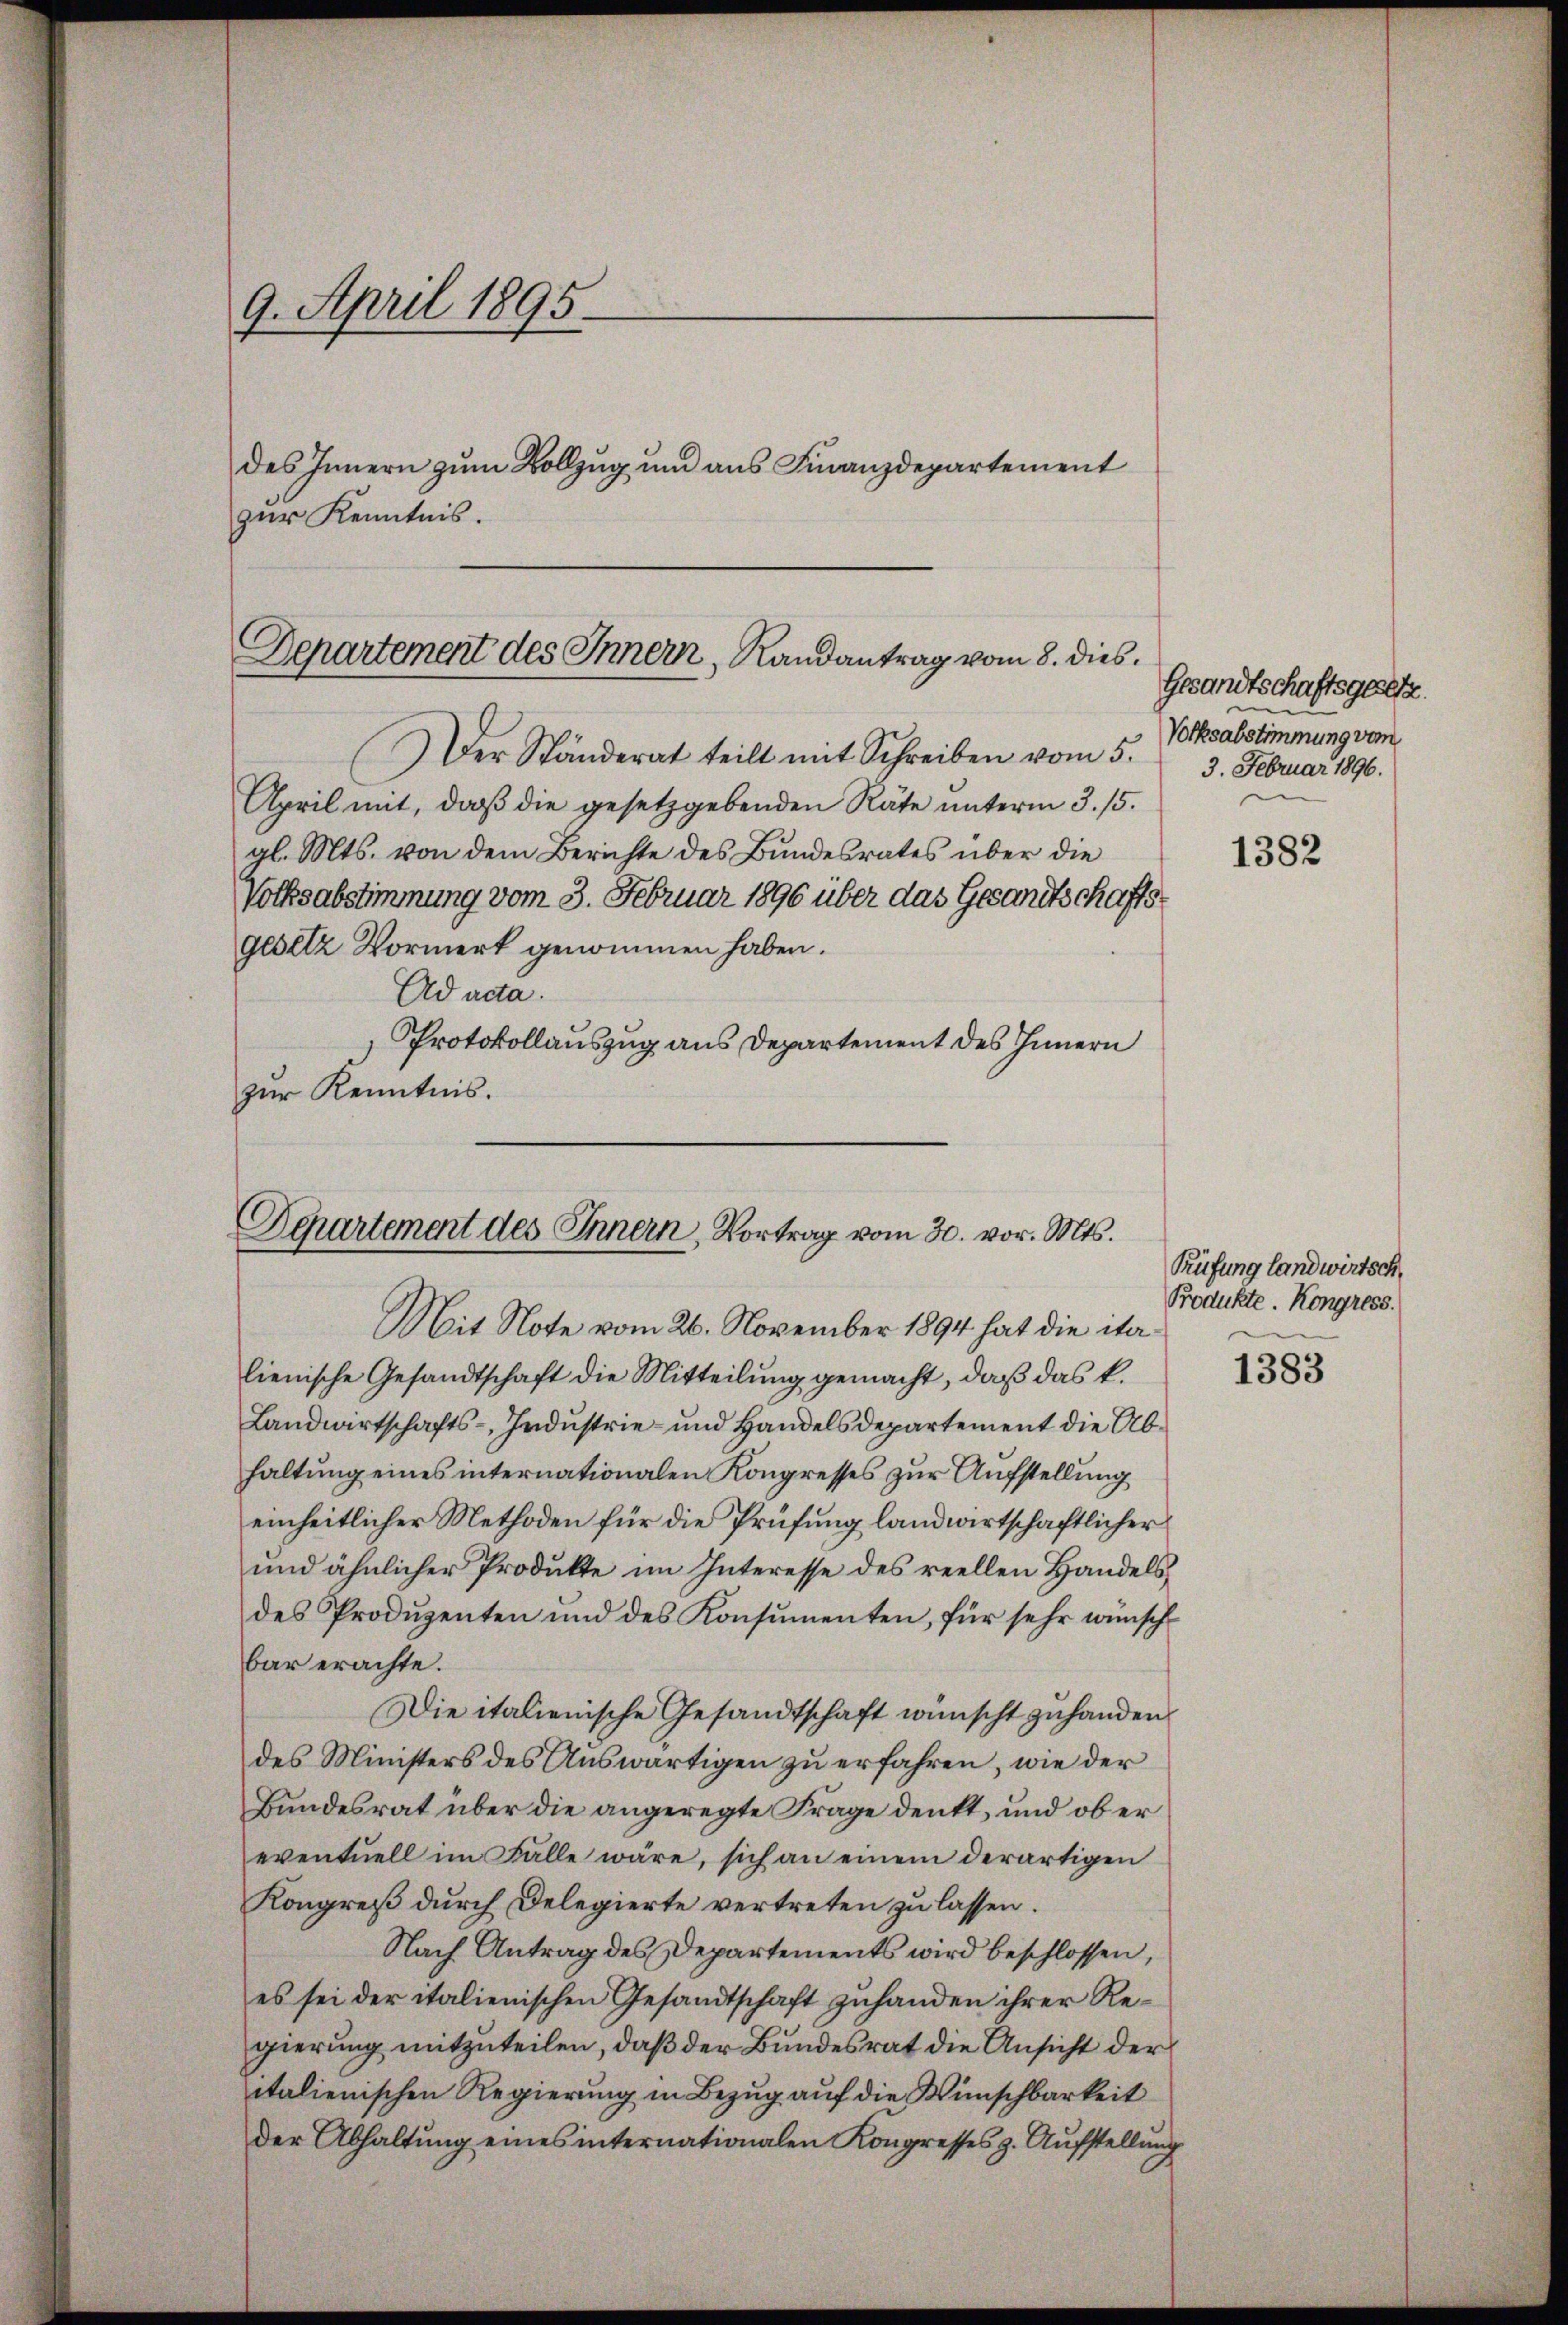
9. April 1895.
des Innern zum Vollzug und aus Finanzdepartement
zur Kenntnis.

Departement des Innern, Randantrag vom 8. dies

Der Ständerat teilt mit Schreiben vom 5.
April mit, daβ die gesetzgebenden Räte ŭnterm 3. 15.
al. Mts. von dem Berichte des Bundesrates über die
Volksabstimmung vom 3. Februar 1896 über das Gesandtschaftsgesetz Vormerk genommen haben.
Ad acta.
Protokollauszug aus Departement des Innern
zur Kenntnis.

Departement des Innern, Vortrag vom 30. vor. Mts.

Mit Note vom 26. November 1894 hat die italienische Gesandtschaft die Mitteilung gemacht, daß das k.
Landwirtschafts-, Industrie- und Handelsdepartement die Abhaltung eines internationalen Kongresses zur Aufstellung
einheitlicher Methoden für die Prüfung landwirtschaftlicher
und ähnlicher Produkte im Interesse des reellen Handelsdes Produzenten und des Konsumenten, für sehr wünsch
bar erachte.
Die italienische Gesandtschaft wünscht zu handen
des Ministers des Auswärtigen zu erfahren, wie der
Bundesrat über die angeregte Frage denkt, und ob er
eventuell im Falle wäre, sich an einem derartigen
Kongreß durch Delegierte vertreten zu lassen.
Nach Antrag des Departements wird beschlossen,
es sei der italienischen Gesandtschaft zuhanden ihrer Regierung mitzuteilen, daß der Bundesrat die Ansicht der
italienischen Regierung in Bezug auf die Wünschbarkeit
Der Abhaltung eines internationalen Kongresses z. Aufstellung

Gesandtschaftsgesetze.
Volksabstimmung vom
3. Februar 1896.

1382

Küfung landwirtsch.
Produkte. Kongress

1383